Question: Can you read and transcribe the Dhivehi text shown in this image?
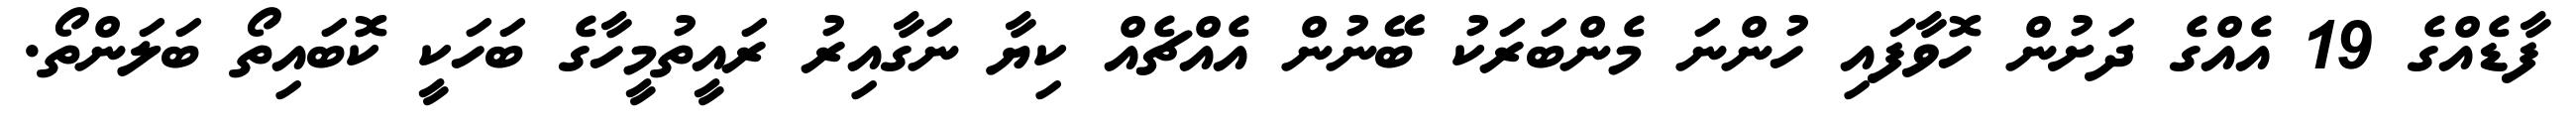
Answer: ފާޑެއްގެ 19 އެއްގެ ދަށުން ހޮވާފައި ހުންނަ މެންބަރަކު ބޭނުން އެއްޗެއް ކިޔާ ނަގާއިރު ރައީތުމީހާގެ ބަހަކީ ކޮބައިތޯ ބަލަންތޯ.